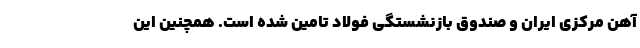
آهن مرکزی ایران و صندوق بازنشستگی فولاد تامین شده است. همچنین این